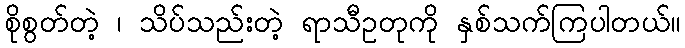
စိုစွတ်တဲ့ ၊ သိပ်သည်းတဲ့ ရာသီဥတုကို နှစ်သက်ကြပါတယ်။